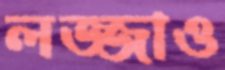
লজ্জাও